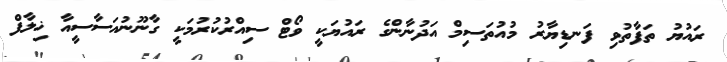
ރައުޔު ތަފާތުވި ފަނޑިޔާރު މުއުތަސިމް އަދުނާންގެ ރައުޔަކީ ވޯޓް ސިއްރުކުރުމަކީ ގާނޫނުއަސާސީއާ ޚިލާފް